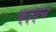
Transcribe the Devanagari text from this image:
फ्द्व्च